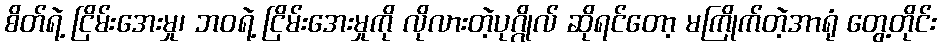
စိတ်ရဲ့ ငြိမ်းအေးမှု၊ ဘဝရဲ့ ငြိမ်းအေးမှုကို လိုလားတဲ့ပုဂ္ဂိုလ် ဆိုရင်တော့ မကြိုက်တဲ့အာရုံ တွေ့တိုင်း